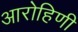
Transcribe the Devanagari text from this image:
आरोहिणी